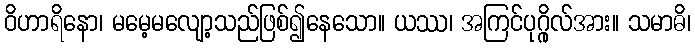
ဝိဟာရိနော၊ မမေ့မလျော့သည်ဖြစ်၍နေသော။ ယဿ၊ အကြင်ပုဂ္ဂိုလ်အား။ သမာဓိ၊